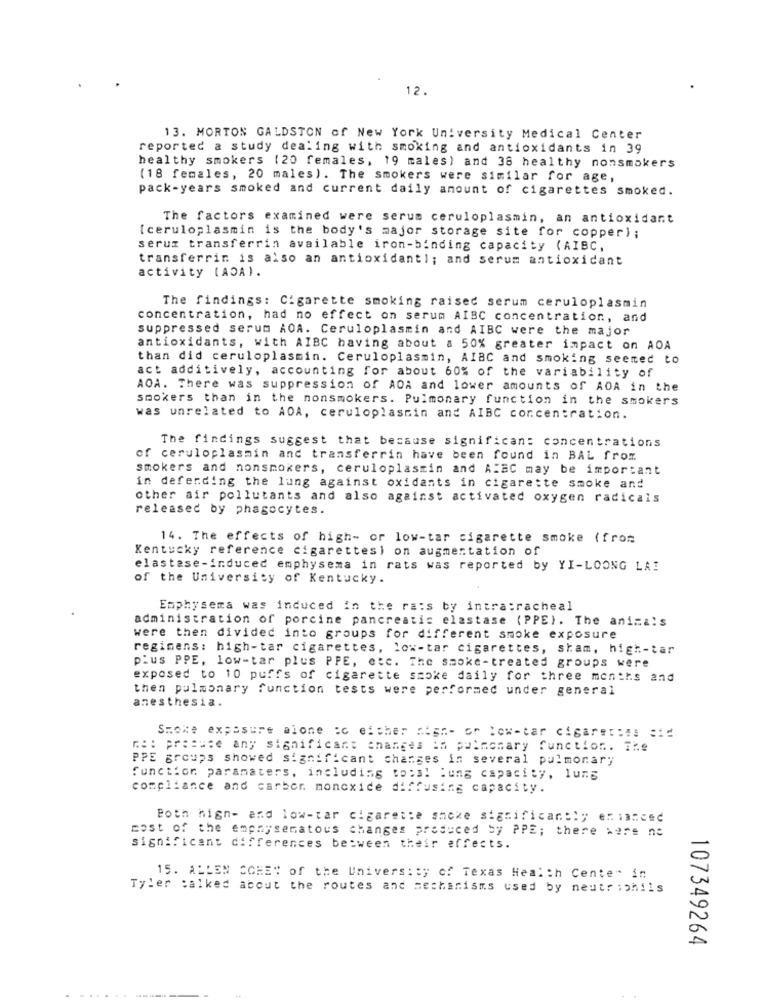
12.
13. MORTON GALDSTON of New York University Medical Center
reported a study dealing with smoking and antioxidants in 39
healthy smokers (20 females, 19 males) and 38 healthy nonsmokers
(18 females, 20 males). The smokers were similar for age,
pack-years smoked and current daily amount of cigarettes smoked.
The factors examined were serum ceruloplasmin, an antioxidant
[ceruloplasmin is the body's major storage site for copper);
serum transferrin available iron-binding capacity (AIBC,
transferrin is also an antioxidant); and serum antioxidant
activity (ADA).
The findings: Cigarette smoking raised serum ceruloplasmin
concentration, had no effect on serum AIBC concentration, and
suppressed serum AOA. Ceruloplasmin and AIBC were the major
antioxidants, with AIBC having about a 50% greater impact on AOA
than did ceruloplasmin. Ceruloplasmin, AIBC and smoking seemed to
act additively, accounting for about 60% of the variability of
AOA. There was suppression of AOA and lower amounts of AOA in the
smokers than in the nonsmokers. Pulmonary function in the smokers
was unrelated to ADA, ceruloplasmin and AIBC concentration.
The findings suggest that because significan: concentrations
of ceruloplasmin and transferrin have been found in BAL from
smokers and nonsmokers, ceruloplasmin and AIBC may be important
in deferding the lung against oxidants in cigarette smoke and
other air pollutants and also against activated oxygen radicals
released by phagocytes.
14. The effects of high- or low-tar cigarette smoke (from
Kentucky reference cigarettes) on augmentation of
elastase-induced emphysema in rats was reported by YI-LOONG LA!
of the University of Kentucky.
Emphysema was induced in the ra:s by intra:racheal
administration of porcine pancreatic elastase (PPE). The animals
were then divided into groups for different smoke exposure
regimens: high-tar cigarettes, low-tar cigarettes, sham, high-tar
plus PPE, low-tar plus PPE, etc. The smoke-treated groups were
exposed to 10 puffs of cigarette smoke daily for three months and
then pulmonary function tests were performed under general
anesthesia.
Smoke exposure alone :c either high- or low-tar cigarettes :id
Re: presuse any significant changes in pulmonary function. The
PPE groups showed significant changes in several pulmonary
function paramaters, including to:s! ung capacity, luns
compliance and carber monoxide diffusing capacity.
Both hign- and low-tar cigarette smoke significantly er ianced
cost of the emphysematous changes produced by PPE; there were no
significant differences between their effects.
15. ALLEN COHET of the University of Texas Health Center in
Tyler talked about the routes and mechanisms used by neutr ;phils
107349264